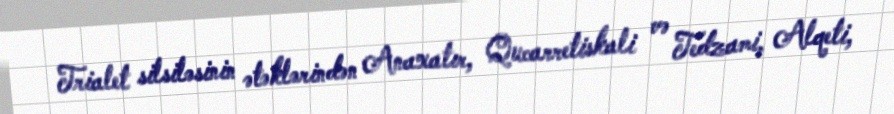
Trialet silsiləsinin ətəklərindən Anaxatır, Qucarretiskali və Tedzami, Alqeti,